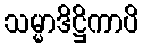
သမ္မာဒိဋ္ဌိကာပိ